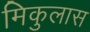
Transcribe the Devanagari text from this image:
मिकुलास